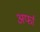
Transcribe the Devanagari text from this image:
अर्फा